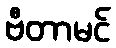
ဗီတာမင်